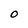
Character: O